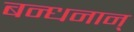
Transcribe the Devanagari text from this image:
बन्‍धनान्